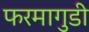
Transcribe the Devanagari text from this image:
फरमागुडी